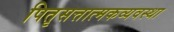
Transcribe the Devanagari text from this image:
पितृसत्तात्मकव्यवस्था